Statistical return of the lunatic asylum in Assam - 1912-1932
Year: 1912
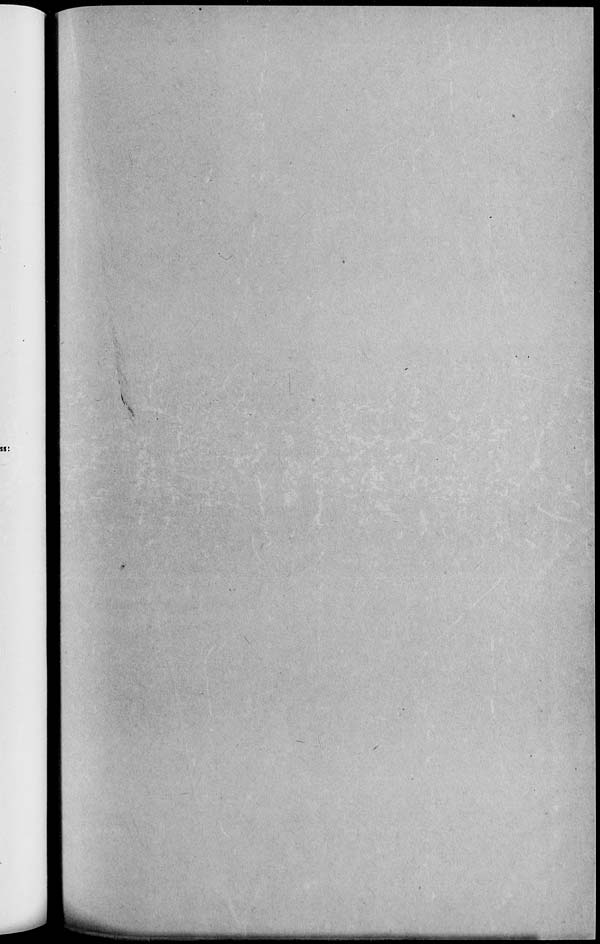
ss:
IMM^